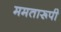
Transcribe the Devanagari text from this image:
ममतारूपी